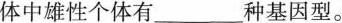
体中雄性个体有_______种基因型。